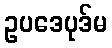
ဥပဒေပုဒ်မ